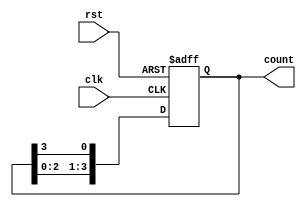
module ring_counter #(
    parameter N = 4  // Number of stages in the ring counter
)(
    input wire clk,   // Clock signal
    input wire rst,   // Asynchronous reset signal
    output reg [N-1:0] count // Output representing the state of the ring counter
);

// Initial state
initial begin
    count = 1'b1; // Set the first flip-flop high
end

// Sequential logic to update the counter state
always @(posedge clk or posedge rst) begin
    if (rst) begin
        count <= 1'b1; // Reset to the initial state
    end else begin
        count <= {count[N-2:0], count[N-1]}; // Rotate the '1' to the right
    end
end

endmodule